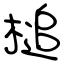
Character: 槌